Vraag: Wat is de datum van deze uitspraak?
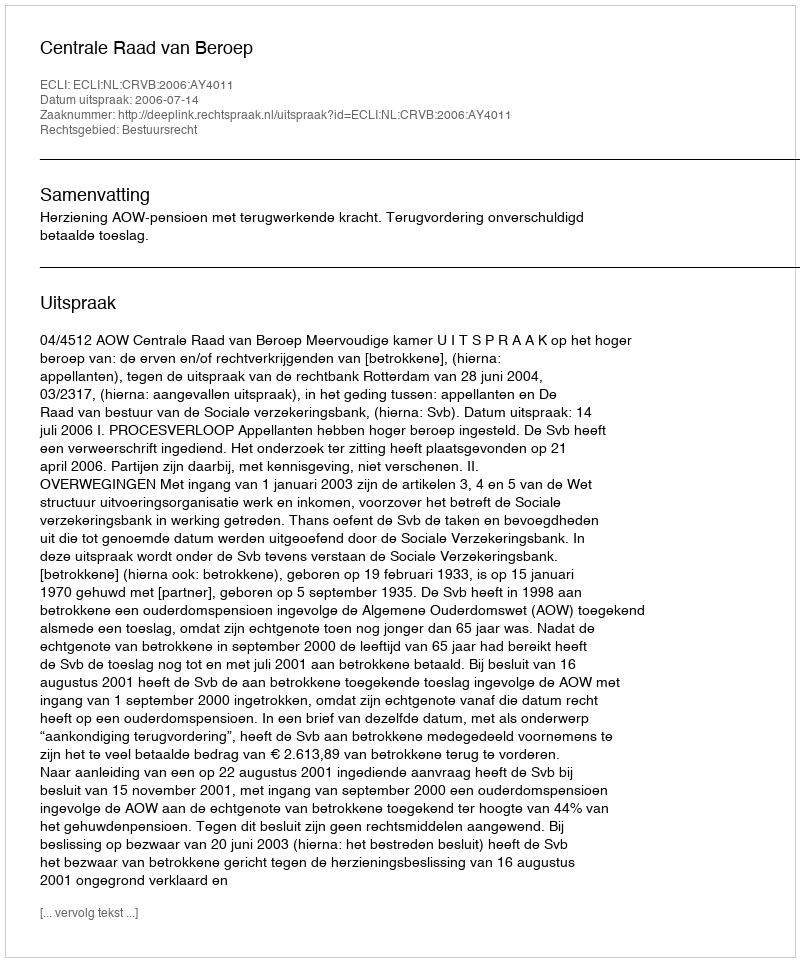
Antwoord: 2006-07-14